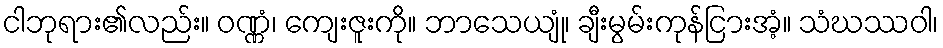
ငါဘုရား၏လည်း။ ဝဏ္ဏံ၊ ကျေးဇူးကို။ ဘာသေယျုံ၊ ချီးမွမ်းကုန်ငြားအံ့။ သံဃဿဝါ၊